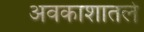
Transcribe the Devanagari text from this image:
अवकाशातले